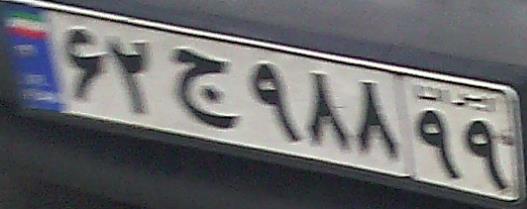
۶۲ج۹۸۸۹۹